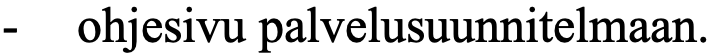
-  ohjesivu palvelusuunnitelmaan.